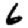
Digit: 6